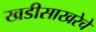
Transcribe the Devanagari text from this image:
खडीसाखरेचे